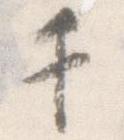
千